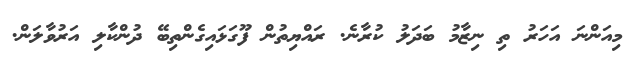
މިއަންނަ އަހަރު ތި ނިޒާމު ބަދަލު ކުރާނެ. ރައްޔިތުން ފޫގަޅައިގެންތިބޭ ދުންކާލި އަރުވާލަން.